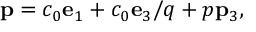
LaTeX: { \bf p } = c _ { 0 } { \bf e } _ { 1 } + c _ { 0 } { \bf e } _ { 3 } / q + p { \bf p } _ { 3 } ,